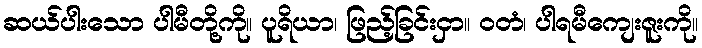
ဆယ်ပါးသော ပါမီတို့ကို။ ပူရိယာ၊ ဖြည့်ခြင်းငှာ။ ဝတံ၊ ပါရမီကျေးဇူးကို။